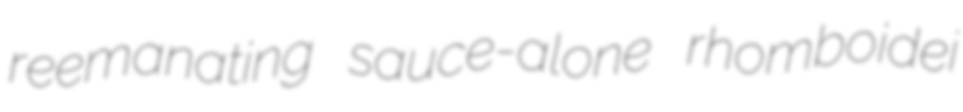
reemanating sauce-alone rhomboidei